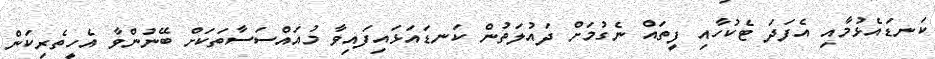
ކަނޑައެޅުމާއި އެފަދަ ޓެކުހާއި ފީތައް ނެގުމަށް ދައުލަތުން ކަނޑައަޅައިފައިވާ މުއައްސަސާތަކަށް ބޭނުންވާ އެހީތެރިކަން